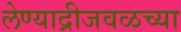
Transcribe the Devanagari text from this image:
लेण्याद्रीजवळच्या